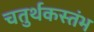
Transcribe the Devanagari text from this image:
चतुर्थकस्तंभ